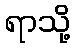
ရာသို့